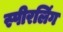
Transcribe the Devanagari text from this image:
स्पीरलिंग